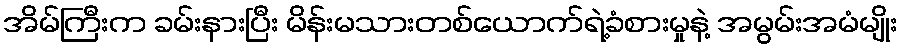
အိမ်ကြီးက ခမ်းနားပြီး မိန်းမသားတစ်ယောက်ရဲ့ခံစားမှုနဲ့ အမွမ်းအမံမျိုး